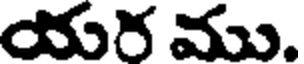
యర ము.